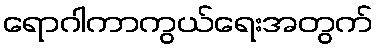
ရောဂါကာကွယ်ရေးအတွက်